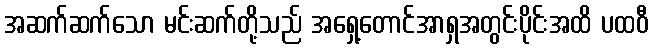
အဆက်ဆက်သော မင်းဆက်တို့သည် အရှေ့တောင်အာရှအတွင်းပိုင်းအထိ ပထဝီ